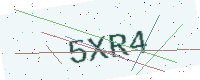
Text: 5XR4